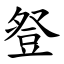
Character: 豋